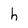
Character: h